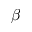
\beta